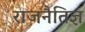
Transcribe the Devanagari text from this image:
राजनैतिज्ञ